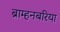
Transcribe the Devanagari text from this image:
ब्राम्हनबरिया